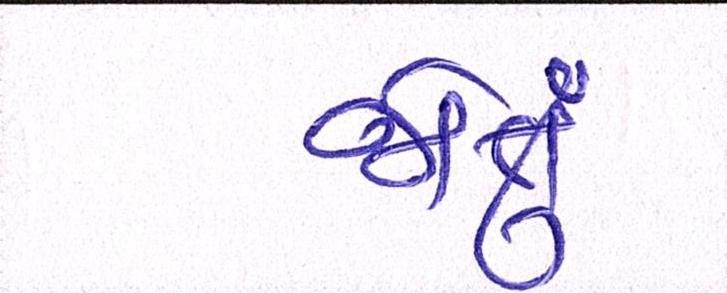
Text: જોતું